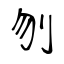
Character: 刎